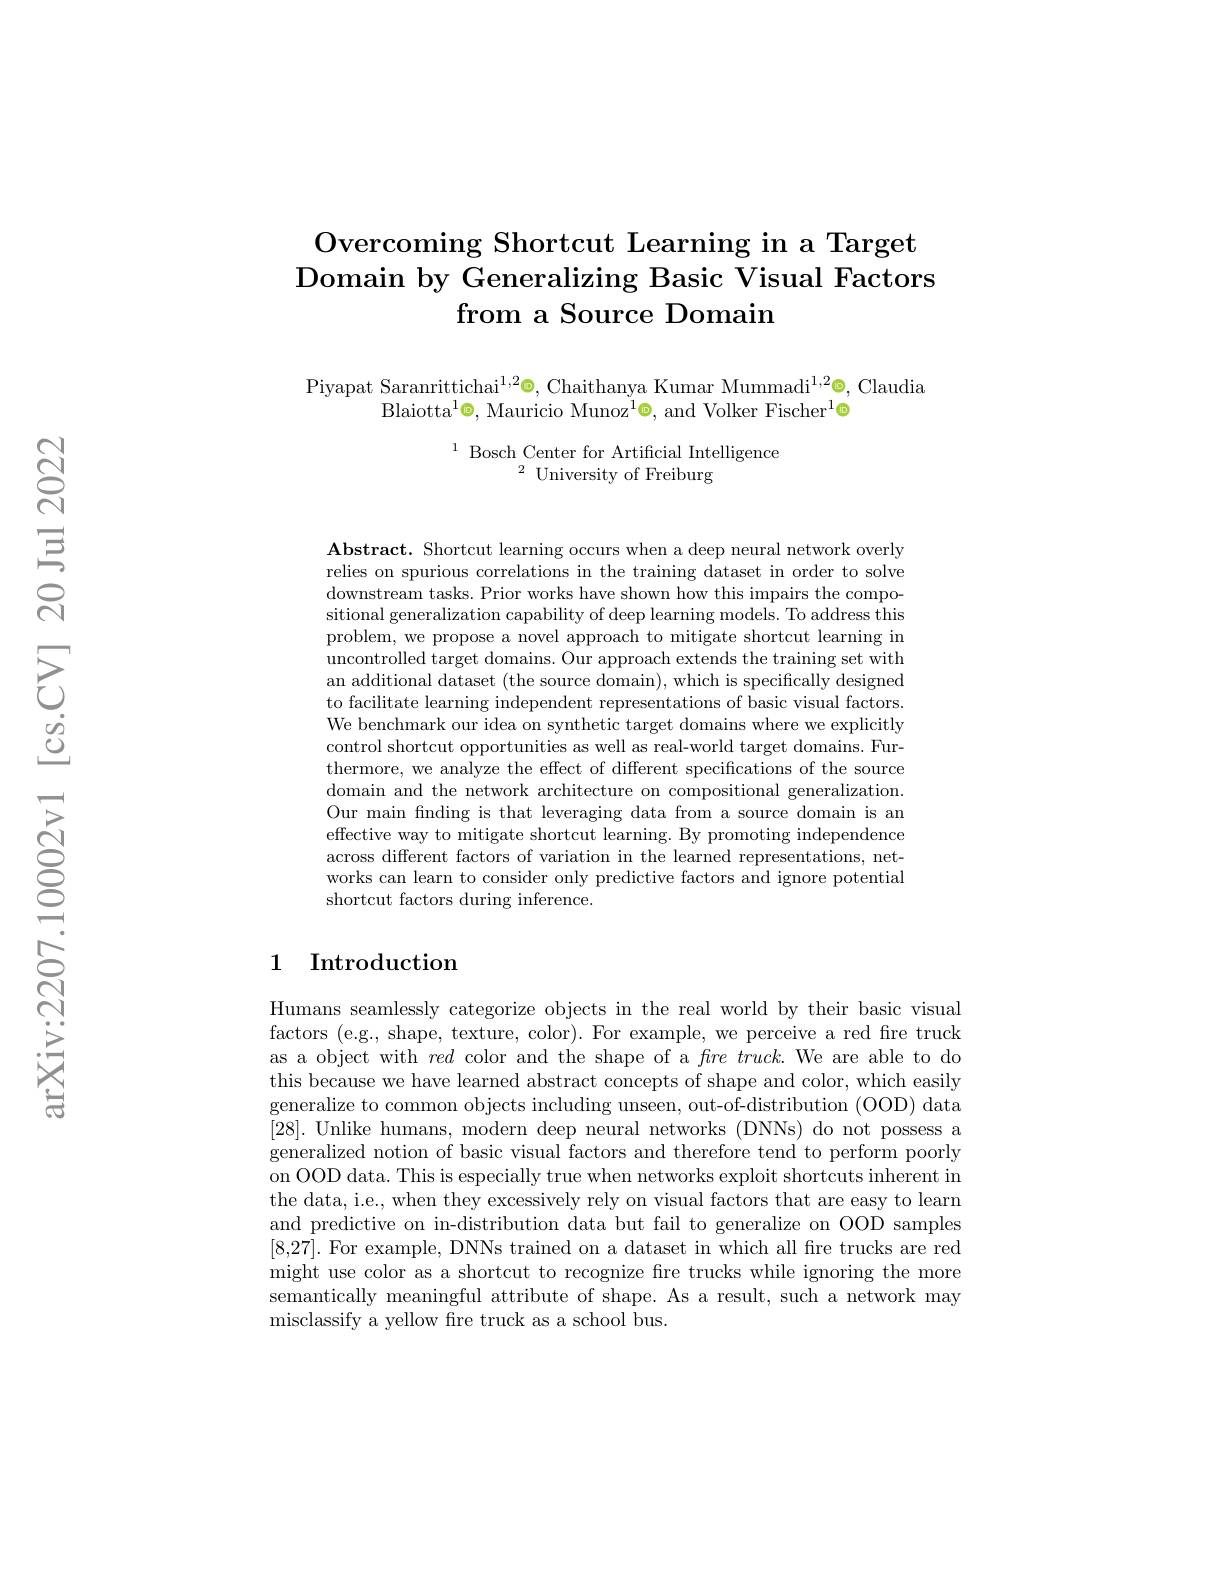
# Overcoming Shortcut Learning in a Target Domain by Generalizing Basic Visual Factors from a Source Domain

Piyapat Saranrittichai$^1,2$o, Chaithanya Kumar Mummadi$^{1,2}$e, Claudia
Blaiotta$^1$e, Mauricio Munoz$^1$e, and Volker Fischer$^1$©

$^{1}$ Bosch Center for Artificial Intelligence
$^{2}$University of Freiburg

$\textbf{Abstract. Shortcut learning occurs when a deep neural network overly}$ relies on spurious correlations in the training dataset in order to solve downstream tasks. Prior works have shown how this impairs the compositional generalization capability of deep learning models. To address this problem, we propose a novel approach to mitigate shortcut learning in uncontrolled target domains. Our approach extends the training set with an additional dataset (the source domain), which is specifically designed to facilitate learning independent representations of basic visual factors. We benchmark our idea on synthetic target domains where we explicitly control shortcut opportunities as well as real-world target domains. Furthermore, we analyze the effect of different specifications of the source domain and the network architecture on compositional generalization. Our main fnding is that leveraging data from a source domain is an effective way to mitigate shortcut learning. By promoting independence across different factors of variation in the learned representations, networks can learn to consider only predictive factors and ignore potential shortcut factors during inference.

### 1 Introduction

Humans seamlessly categorize objects in the real world by their basic visual factors (e.g., shape, texture, color). For example, we perceive a red fire truck as a object with red color and the shape of a $fre\textit{truck. We are able to do}$ this because we have learned abstract concepts of shape and color, which easily generalize to common objects including unseen, out-of-distribution (OOD) data [28]. Unlike humans, modern deep neural networks (DNNs) do not possess a generalized notion of basic visual factors and therefore tend to perform poorly on OOD data. This is especially true when networks exploit shortcuts inherent in the data, i.e., when they excessively rely on visual factors that are easy to learn and predictive on in-distribution data but fail to generalize on OOD samples [8,27]. For example, DNNs trained on a dataset in which all fre trucks are red might use color as a shortcut to recognize fre trucks while ignoring the more semantically meaningful attribute of shape. As a result, such a network may misclassify a yellow fre truck as a school bus.